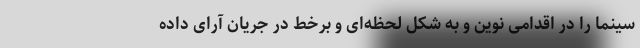
سینما را در اقدامی نوین و به شکل لحظه‌ای و برخط در جریان آرای داده